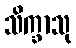
သိက္ခာသု